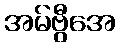
အမ်ဗွီအေ